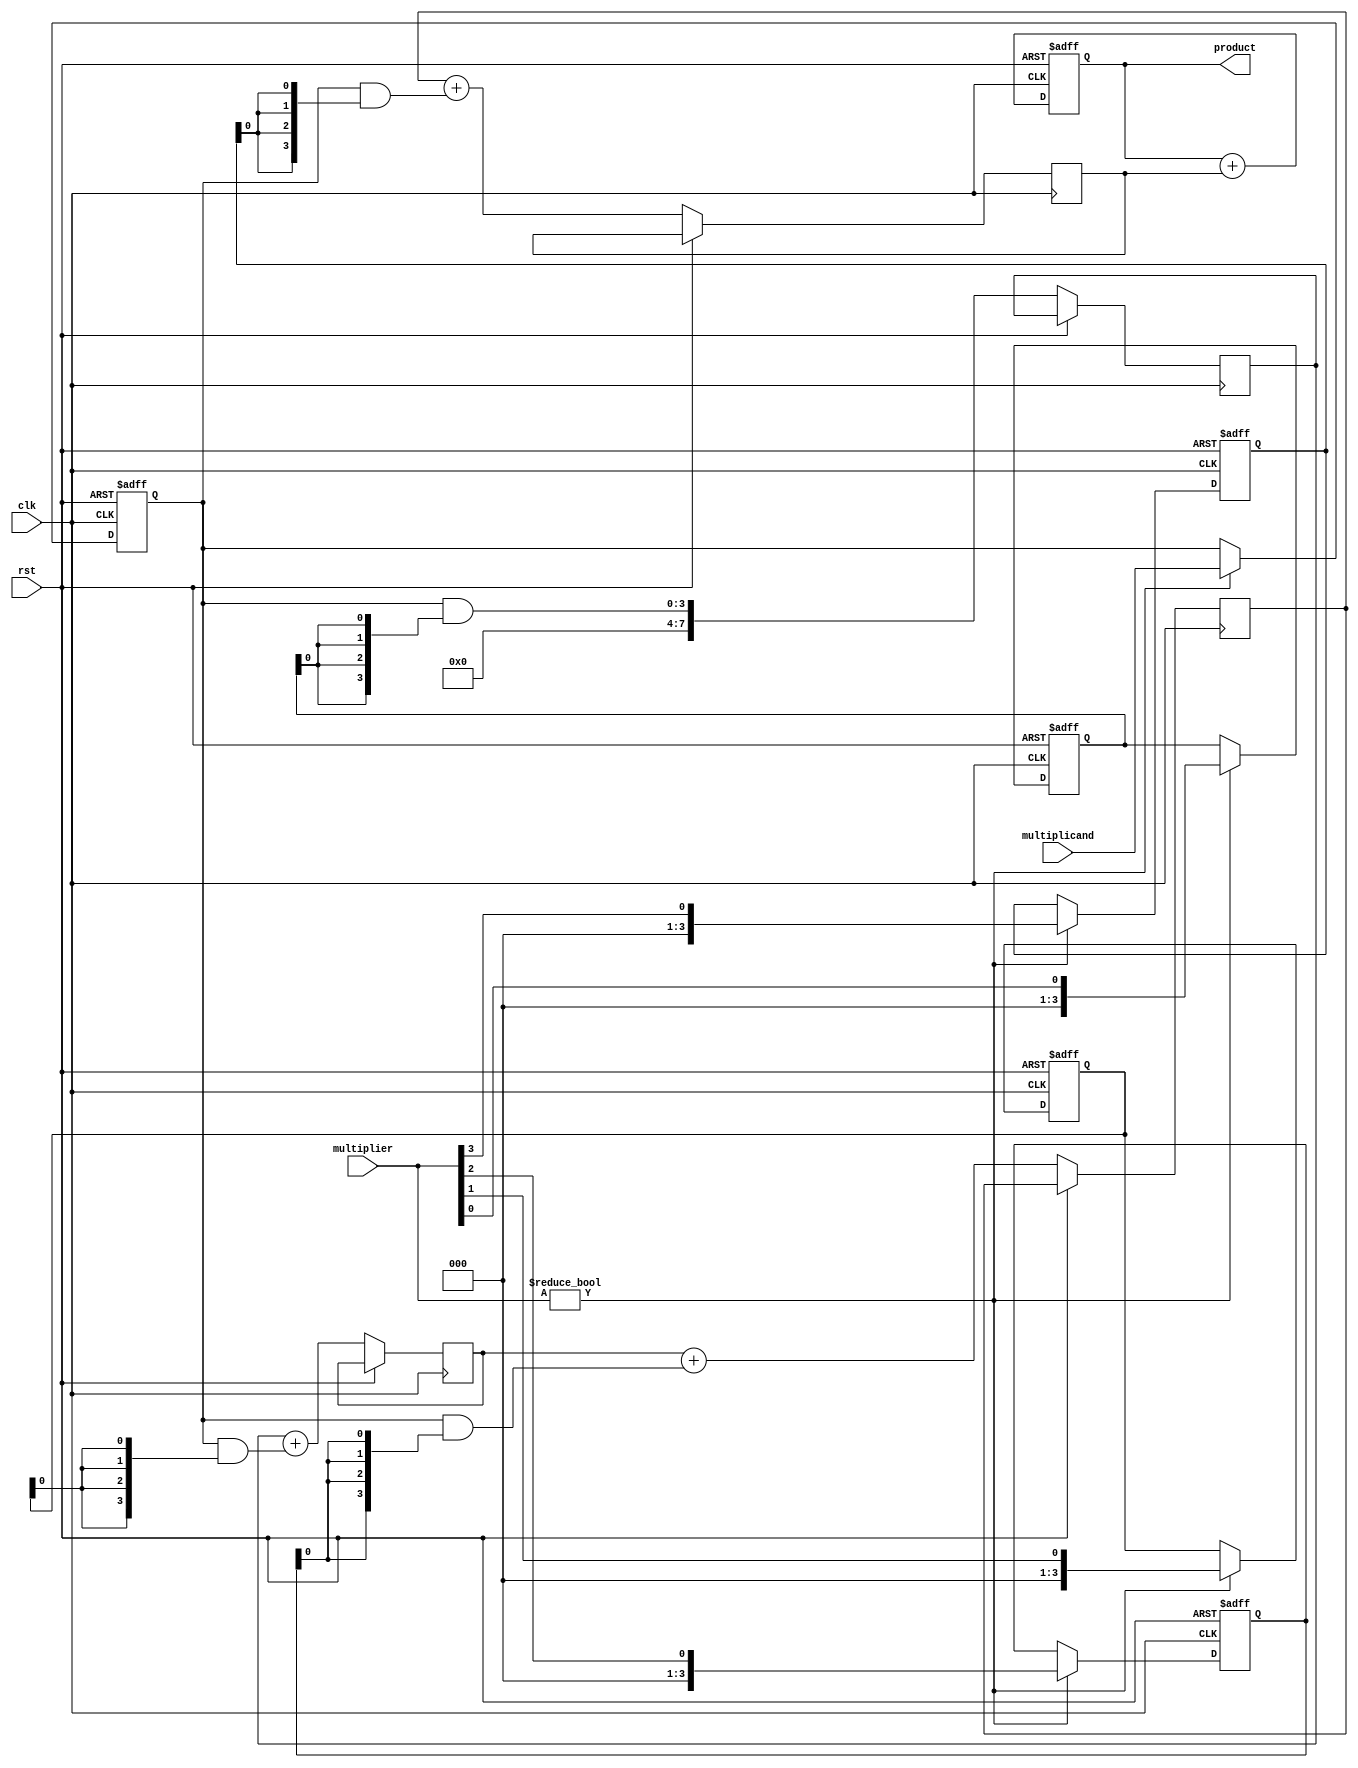
module systolic_multiplier #(parameter M = 4, // Number of bits in multiplicand
                             parameter N = 4  // Number of bits in multiplier
                            ) (
    input clk,
    input rst,
    input [M-1:0] multiplicand,
    input [N-1:0] multiplier,
    output reg [M+N-1:0] product
);

    // Processing Element (PE) definition
    reg [M-1:0] pe_multiplicand [0:N-1]; // Each PE holds a part of the multiplicand
    reg [N-1:0] pe_multiplier [0:M-1];    // Each PE holds a part of the multiplier
    reg [M+N-1:0] pe_partial_product [0:M-1][0:N-1]; // Partial products from each PE
    reg [M+N-1:0] pe_sum [0:M-1]; // Accumulated results in each row

    integer i, j;

    // Initialize the PE arrays
    always @(posedge clk or posedge rst) begin
        if (rst) begin
            // Reset all registers
            for (i = 0; i < N; i = i + 1) begin
                pe_multiplicand[i] <= 0;
            end
            for (i = 0; i < M; i = i + 1) begin
                pe_multiplier[i] <= 0;
                pe_sum[i] <= 0;
            end
            product <= 0;
        end else begin
            // Load inputs into the first row and column of PEs
            if (multiplier != 0) begin
                for (i = 0; i < N; i = i + 1) begin
                    if (i < M) begin
                        pe_multiplicand[i] <= multiplicand;
                    end
                    pe_multiplier[i] <= multiplier[i];
                end
            end

            // Systolic computation
            for (i = 0; i < M; i = i + 1) begin
                for (j = 0; j < N; j = j + 1) begin
                    if (j == 0) begin
                        // First column: compute partial product
                        pe_partial_product[i][j] <= pe_multiplicand[i] & {M{pe_multiplier[j][0]}};
                    end else begin
                        // Shift and accumulate
                        pe_partial_product[i][j] <= pe_partial_product[i][j-1] + (pe_multiplicand[i] & {M{pe_multiplier[j][0]}});
                    end
                end
            end

            // Accumulate results from the last column of PEs
            product <= 0;
            for (i = 0; i < M; i = i + 1) begin
                product <= product + pe_partial_product[i][N-1];
            end
        end
    end
endmodule